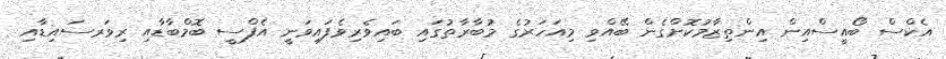
އެކްސް ބޯއީސްއިން އިންތިޒާމުކޮށްގެން ބޭއްވި މިއަހަރުގެ މުބާރާތުގައި ބައިވެރިވެފައިވަނީ އެފްސީ ބޮމްބާޑާއި ރިވަރސައިޑާއި